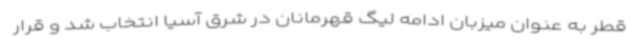
قطر به عنوان میزبان ادامه لیگ قهرمانان در شرق آسیا انتخاب شد و قرار